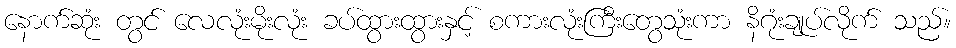
နောက်ဆုံး တွင် လေလုံးမိုးလုံး ခပ်ထွားထွားနှင့် စကားလုံးကြီးတွေသုံးကာ နိဂုံးချုပ်လိုက် သည်။